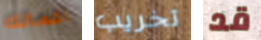
اعمالك تخريب قد